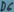
Text: D6